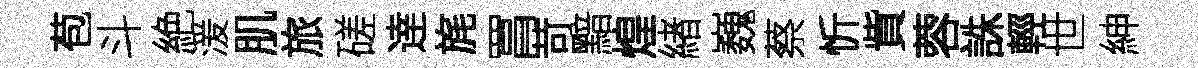
苞斗絶湲肌旅磋逹旄罥苛黯煌緖巍蔡忻貲蓉誅輕世紳